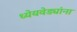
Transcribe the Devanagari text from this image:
ध्येयवेड्यांना